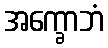
အက္ခောဘံ